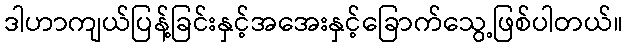
ဒါဟာကျယ်ပြန့်ခြင်းနှင့်အအေးနှင့်ခြောက်သွေ့ဖြစ်ပါတယ်။